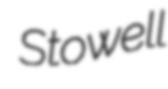
Stowell